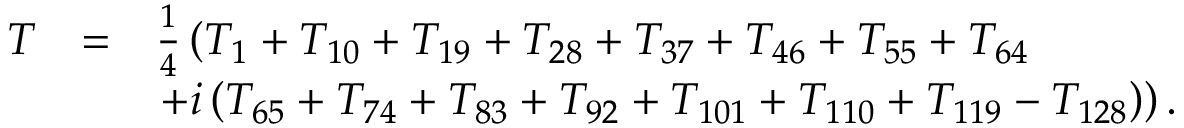
\begin{array} { l c l } { { T _ { \scriptscriptstyle } } } & { { = } } & { { \frac { 1 } { 4 } \left( T _ { 1 } + T _ { 1 0 } + T _ { 1 9 } + T _ { 2 8 } + T _ { 3 7 } + T _ { 4 6 } + T _ { 5 5 } + T _ { 6 4 } \right. } } \\ { { } } & { { } } & { { \left. + i \left( T _ { 6 5 } + T _ { 7 4 } + T _ { 8 3 } + T _ { 9 2 } + T _ { 1 0 1 } + T _ { 1 1 0 } + T _ { 1 1 9 } - T _ { 1 2 8 } \right) \right) . } } \end{array}